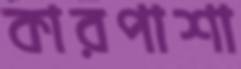
কারপাশা